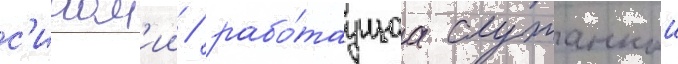
с'ином'ии / рабо́таущаа служанкои